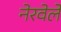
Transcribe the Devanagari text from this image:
नेरवेले